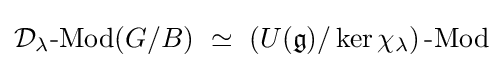
{\mathcal {D}}_{\lambda }{\text{-Mod}}(G/B)\ \simeq \ \left(U({\mathfrak {g}})/\ker \chi _{\lambda }\right){\text{-Mod}}